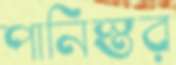
পানিস্তর